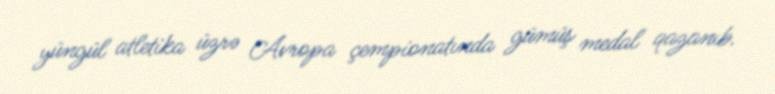
yüngül atletika üzrə Avropa çempionatında gümüş medal qazanıb.